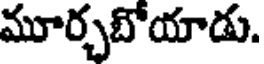
మూర్చబోయాడు.